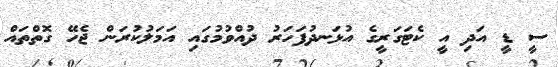
ސީ ޑީ އަދި އީ ކެޓަގަރީގެ އުޅަނދުފަހަރު ދުއްވުމުގައި އަމަލުކުރަން ޖެހޭ ގޮތްތައް